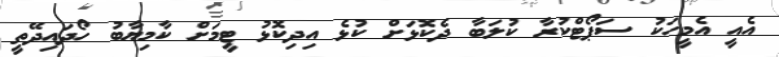
އެއީ އެމީހަކު ސަޕޯޓްކުރާ ކުލަބާ ދެކޮޅަށް ކުޅެ އިދިކޮޅު ޓީމަށް ކާމިޔާބު ހޯދައިދޭތީ